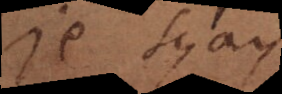
Je sçay